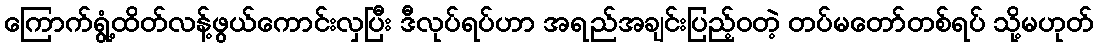
ကြောက်ရွံ့ထိတ်လန့်ဖွယ်ကောင်းလှပြီး ဒီလုပ်ရပ်ဟာ အရည်အချင်းပြည့်ဝတဲ့ တပ်မတော်တစ်ရပ် သို့မဟုတ်